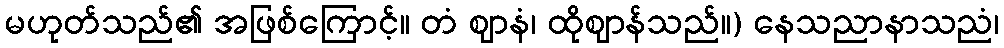
မဟုတ်သည်၏ အဖြစ်ကြောင့်။ တံ ဈာနံ၊ ထိုဈာန်သည်။) နေသညာနာသညံ၊